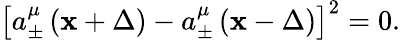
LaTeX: \left[a_{\pm}^{\mu}\left(\mathbf{x}+\Delta\right)-a_{\pm}^{\mu}\left(\mathbf{x}-\Delta\right)\right]^{2}=0.